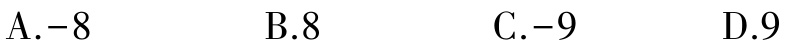
A.$-8$  B.$8$  C.$-9$  D.$9$